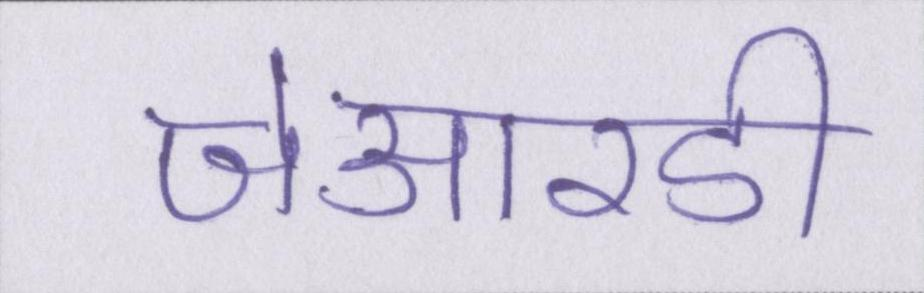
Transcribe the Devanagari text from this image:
जेआरडी